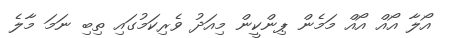
އޯލާ އޯއް އޯއް މަމެން ޕިންކީން މިއަދު ވެރިކަމުގައި ތިބި ނަމަ މާލެ